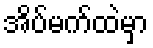
အိပ်မက်ထဲမှာ